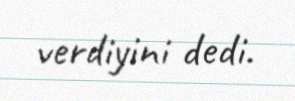
verdiyini dedi.